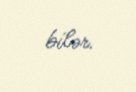
bilər.